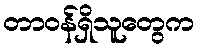
တာဝန်ရှိသူတွေက